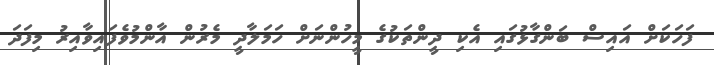
ފަހަކަށް އައިސް ބަންގާޅުގައި އެކި ދީންތަކުގެ މީހުންނަށް ހަމަލާދީ މެރުން އާންމުވެފައިވާއިރު މިފަދަ